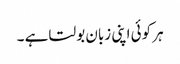
ہر کوئی اپنی زبان بولتا ہے ۔